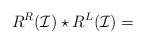
\begin{align*}R^R(\mathcal{I})\star R^L(\mathcal{I})=\end{align*}